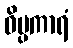
ဝိပ္ပကာရံ